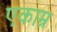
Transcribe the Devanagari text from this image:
एकाम्र